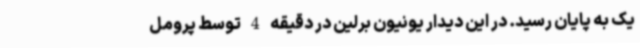
یک به پایان رسید. در این دیدار یونیون برلین در دقیقه 4 توسط پرومل